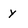
Character: y